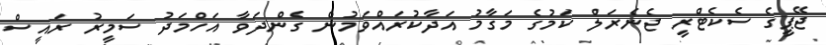
ޖޭޕީގެ ސެކެޓްރީ ޖެނެރަލް ކަމުގެ މަގާމު އަދާކުރައްވަމުން ގެންދަވާ އަހްމަދު ސަމީރު ރައީސް